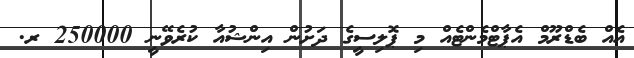
އެއް ބެޑްރޫމް އެޕާޓްމެންޓެއް މި ޕޮލިސީގެ ދަށުން އިންޝުއާ ކުރެވޭނީ 250000 ރ.